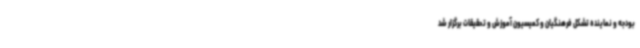
بودجه و نماینده تشکل فرهنگیان و کمیسیون آموزش و تحقیقات برگزار شد